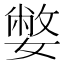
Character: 嫳